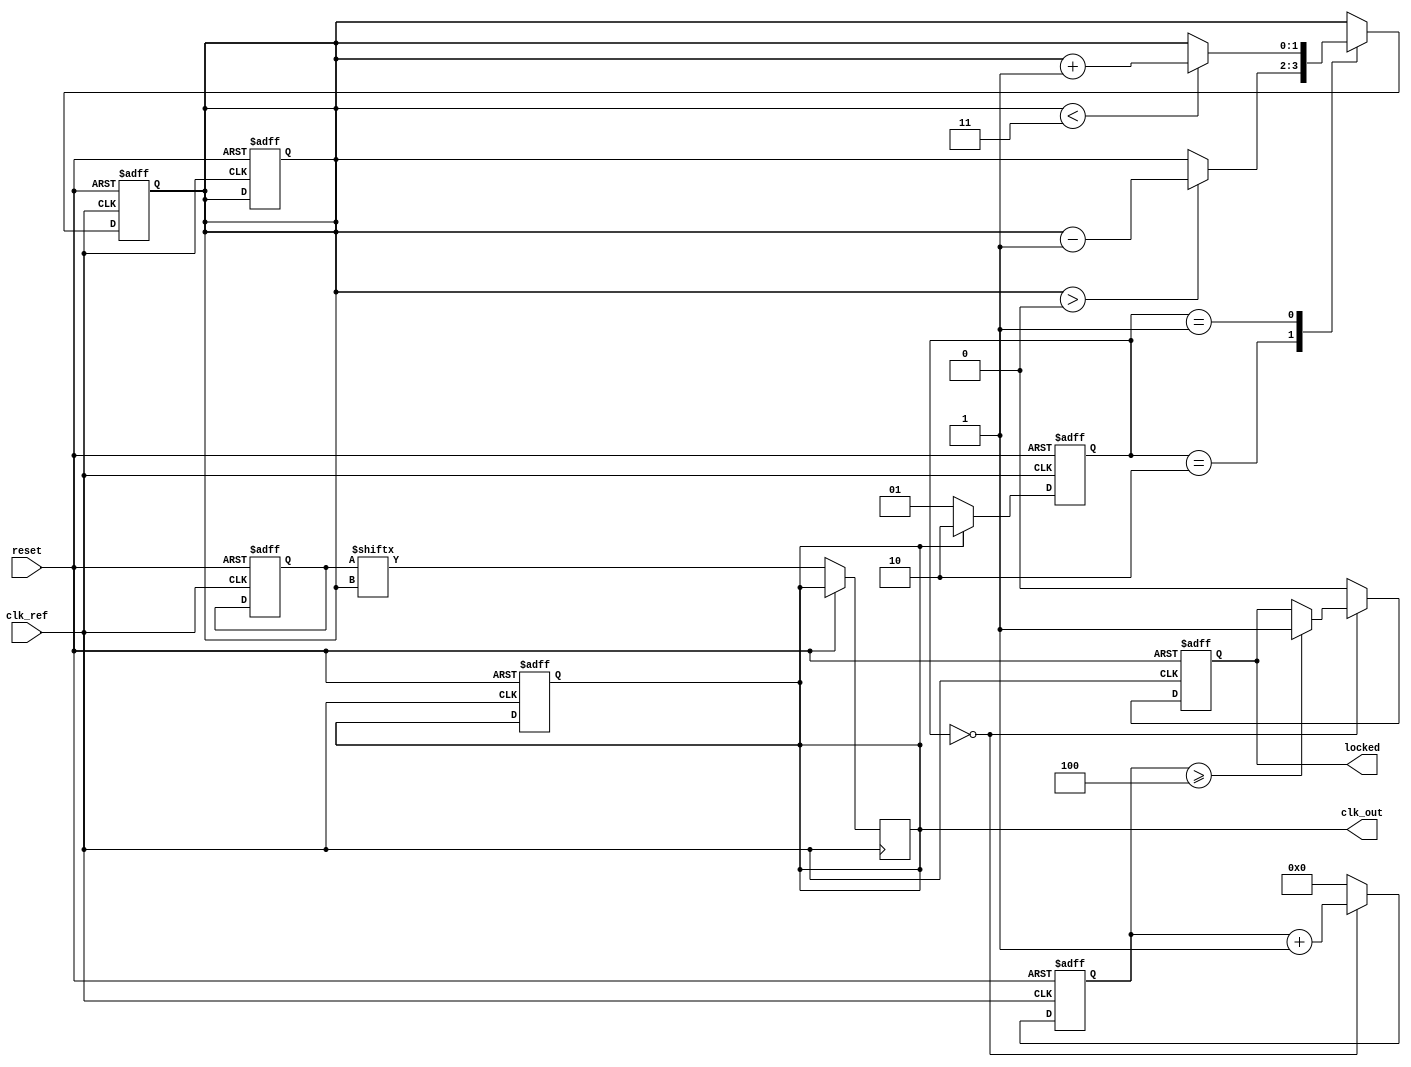
module MemoryBlocksDLL (
    input wire clk_ref,       // Reference clock input
    input wire reset,         // Reset signal
    output reg clk_out,       // Output clock signal
    output reg locked         // Lock status indicator
);

    // Parameters
    parameter NUM_MEMORY_BLOCKS = 4; // Number of memory blocks in the delay line
    parameter DELAY_STEP = 1;         // Delay increment/decrement step size

    // Internal signals
    reg [NUM_MEMORY_BLOCKS-1:0] delay_line; // Delay line memory blocks
    reg [1:0] phase_error;                  // Phase error signal
    reg [1:0] delay_setting;                // Current delay setting
    reg [3:0] lock_counter;                 // Lock counter for lock detection

    // Phase Detector
    always @(posedge clk_ref or posedge reset) begin
        if (reset) begin
            phase_error <= 2'b00; // Reset phase error
        end else begin
            // Compare the reference clock with the delayed output clock
            if (clk_out) begin
                phase_error <= 2'b10; // Output is leading
            end else begin
                phase_error <= 2'b01; // Output is lagging
            end
        end
    end

    // Delay Line
    always @(posedge clk_ref or posedge reset) begin
        if (reset) begin
            delay_line <= 0; // Initialize delay line
            delay_setting <= 0; // Initialize delay setting
        end else begin
            // Apply current delay setting to the output clock
            clk_out <= delay_line[delay_setting];
        end
    end

    // Control Circuit
    always @(posedge clk_ref or posedge reset) begin
        if (reset) begin
            delay_setting <= 0; // Reset delay setting
            locked <= 0;        // Reset lock status
            lock_counter <= 0;  // Reset lock counter
        end else begin
            // Adjust delay based on phase error
            case (phase_error)
                2'b10: begin
                    // Output is leading, decrement delay
                    if (delay_setting > 0) begin
                        delay_setting <= delay_setting - DELAY_STEP;
                    end
                end
                2'b01: begin
                    // Output is lagging, increment delay
                    if (delay_setting < NUM_MEMORY_BLOCKS - 1) begin
                        delay_setting <= delay_setting + DELAY_STEP;
                    end
                end
                default: begin
                    // No adjustment needed
                end
            endcase
            
            // Lock detection logic
            if (phase_error == 2'b00) begin
                lock_counter <= lock_counter + 1;
                if (lock_counter >= 4) begin // Assume locked after 4 stable cycles
                    locked <= 1;
                end
            end else begin
                lock_counter <= 0; // Reset counter if not locked
                locked <= 0;       // Not locked
            end
        end
    end

    // Output Buffer (for driving external loads)
    always @(posedge clk_ref or posedge reset) begin
        if (reset) begin
            // Initialize output buffer
            clk_out <= 0;
        end else begin
            // Buffer output clock
            // (In a real design, you may want to add buffer logic here)
        end
    end

endmodule